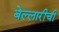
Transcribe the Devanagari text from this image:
बेल्लारीची